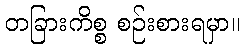
တခြားကိစ္စ စဉ်းစားရမှာ။